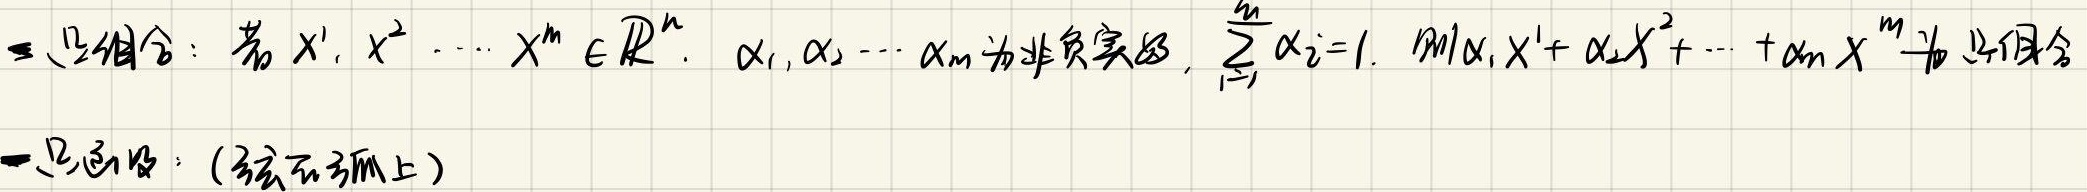
### 凸组合：若 $x^1, x^2, \cdots, x^m \in \mathbb{R}^n$，$\alpha_1, \alpha_2, \cdots, \alpha_m$ 为非负实数，$\sum_{i = 1}^{m} \alpha_i = 1$，则 $\alpha_1 x^1 + \alpha_2 x^2 + \cdots + \alpha_m x^m$ 为凸组合

### 凸函数：（定义在 $\mathbb{R}^n$ 上）